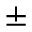
\pm